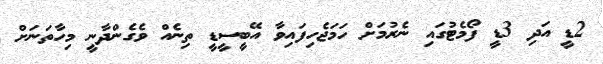
2ޑީ އަދި 3ޑީ ފޯމެޓުގައި ނެރުމަށް ހަމަޖެހިފައިވާ އޭބީސީޑީ ތިނެއް ވެގެންދާނީ މިހާތަނަށް